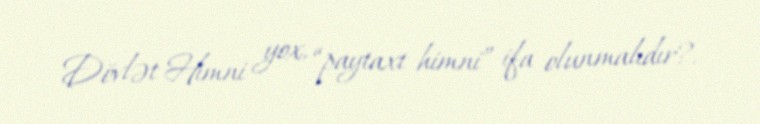
Dövlət Himni yox, “paytaxt himni” ifa olunmalıdır?.